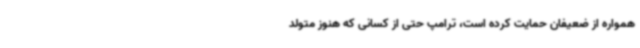
همواره از ضعیفان حمایت کرده است، ترامپ حتی از کسانی که هنوز متولد